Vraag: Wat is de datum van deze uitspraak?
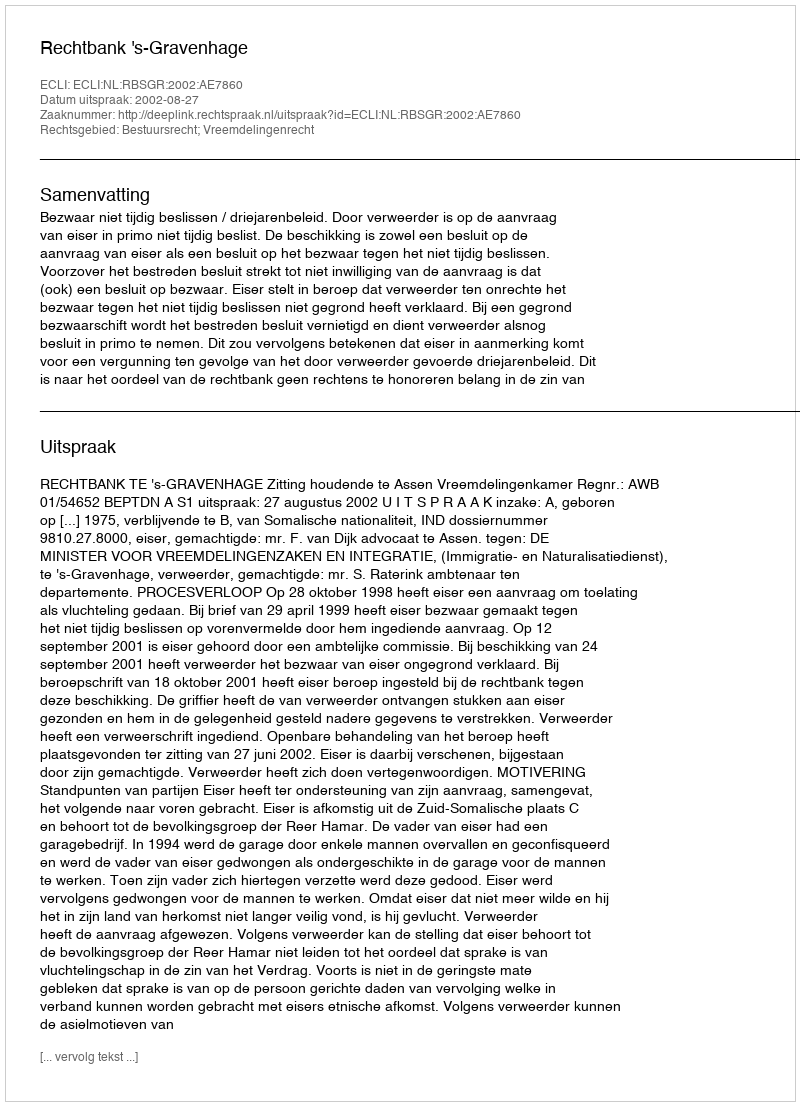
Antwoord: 2002-08-27